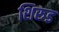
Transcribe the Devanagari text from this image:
शिरुड